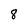
Character: 8